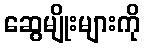
ဆွေမျိုးများကို